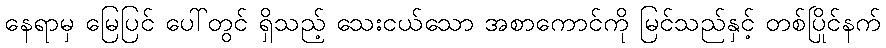
နေရာမှ မြေပြင် ပေါ်တွင် ရှိသည့် သေးငယ်သော အစာကောင်ကို မြင်သည်နှင့် တစ်ပြိုင်နက်